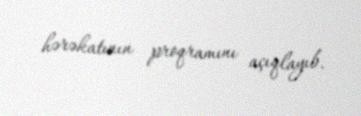
hərəkatının proqramını açıqlayıb.